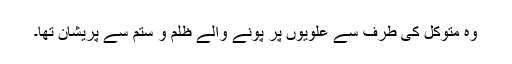
وہ متوکل کی طرف سے علویوں پر پونے والے ظلم و ستم سے پریشان تھا۔